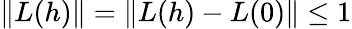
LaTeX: \| L(h)\| =\| L(h)-L(0)\| \leq 1